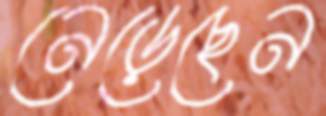
নেড়েছেন